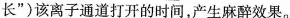
长”)该离子通道打开的时间，产生麻醉效果。